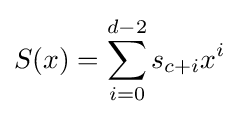
S(x)=\sum _{i=0}^{d-2}s_{c+i}x^{i}